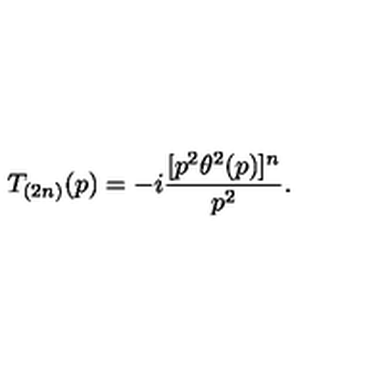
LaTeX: T _ { ( 2 n ) } ( p ) = - i \frac { [ p ^ { 2 } \theta ^ { 2 } ( p ) ] ^ { n } } { p ^ { 2 } } .